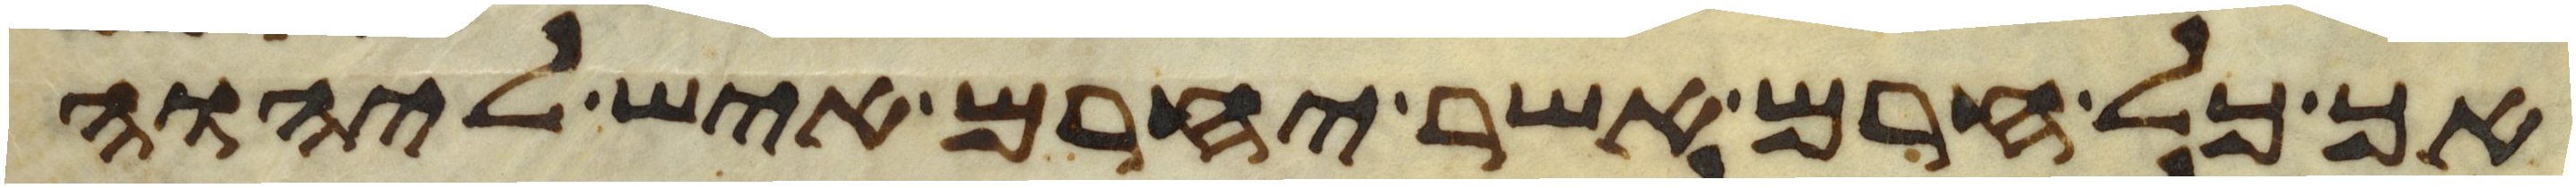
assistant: אך כל חרם אשר יחרם איש ליהוה